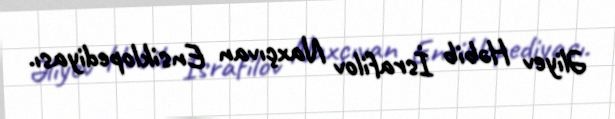
Əliyev Həbib İsrafilov Naxçıvan Ensiklopediyası.